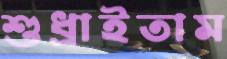
শুধ্‌রাইতাম